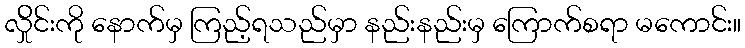
လ်ှိုင်းကို နောက်မှ ကြည့်ရသည်မှာ နည်းနည်းမှ ကြောက်စရာ မကောင်း။